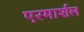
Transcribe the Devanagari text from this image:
एरमार्शल